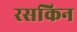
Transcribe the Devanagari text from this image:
रसकिन